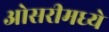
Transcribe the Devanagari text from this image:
ओसरीमध्ये